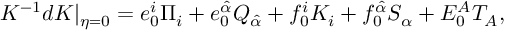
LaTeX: K ^ { - 1 } d K | _ { \eta = 0 } = e _ { 0 } ^ { i } \Pi _ { i } + e _ { 0 } ^ { \hat { \alpha } } Q _ { \hat { \alpha } } + f _ { 0 } ^ { i } K _ { i } + f _ { 0 } ^ { \hat { \alpha } } S _ { \alpha } + E _ { 0 } ^ { A } T _ { A } ,